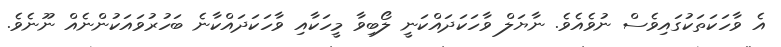
އެ ވާހަކަތަކުގައިވެސް ނުވެއެވެ. ނާޔަލް ވާހަކަދައްކަނީ ލޯބިވާ މީހަކާއި ވާހަކަދައްކާނެ ބަހުރުވައަކުންނެއް ނޫނެވެ.